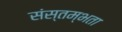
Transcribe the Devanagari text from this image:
संस्तम्भता